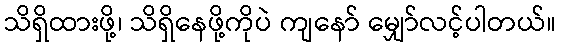
သိရှိထားဖို့၊ သိရှိနေဖို့ကိုပဲ ကျနော် မျှော်လင့်ပါတယ်။